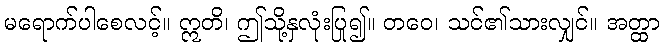
မရောက်ပါစေလင့်။ ဣတိ၊ ဤသို့နှလုံးပြု၍။ တဝေ၊ သင်၏သားလျှင်။ အတ္ထာ